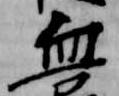
血